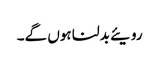
رویئے بدلنا ہوں گے۔